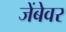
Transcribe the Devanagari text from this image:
जेंबेवर